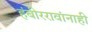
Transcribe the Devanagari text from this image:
हंबीररावांनाही